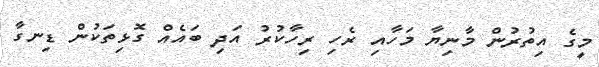
މީގެ އިތުރުން މާނިޔާ މަހާއި ރެހި ރިހާކުރު އަަދި ބައެއް ގޮޅިތަކުން ޑިނގާ